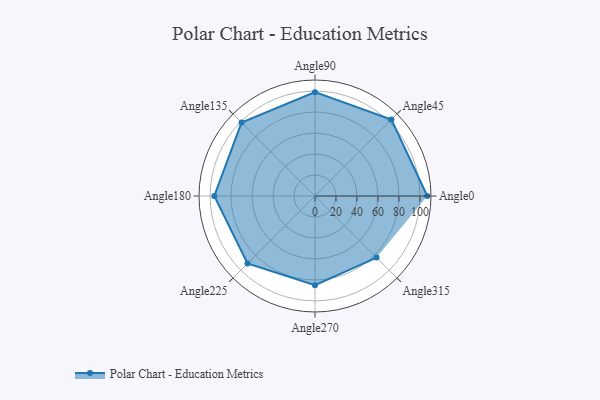
{"axis": {"x": "Angle", "y": "Radius"}, "legend": [""], "data": [{"x": "Angle0", "y": 107.0, "type": ""}, {"x": "Angle45", "y": 103.0, "type": ""}, {"x": "Angle90", "y": 99.0, "type": ""}, {"x": "Angle135", "y": 99.0, "type": ""}, {"x": "Angle180", "y": 96.0, "type": ""}, {"x": "Angle225", "y": 91.0, "type": ""}, {"x": "Angle270", "y": 85.0, "type": ""}, {"x": "Angle315", "y": 83.0, "type": ""}]}